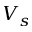
V _ { s }